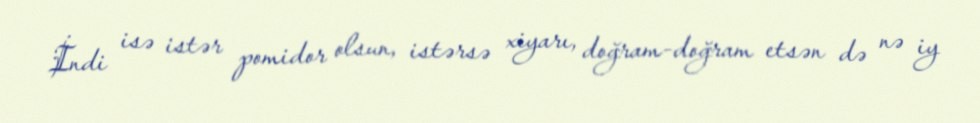
İndi isə istər pomidor olsun, istərsə xiyarı, doğram-doğram etsən də nə iy